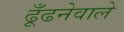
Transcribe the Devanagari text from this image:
ढूँढनेवाले